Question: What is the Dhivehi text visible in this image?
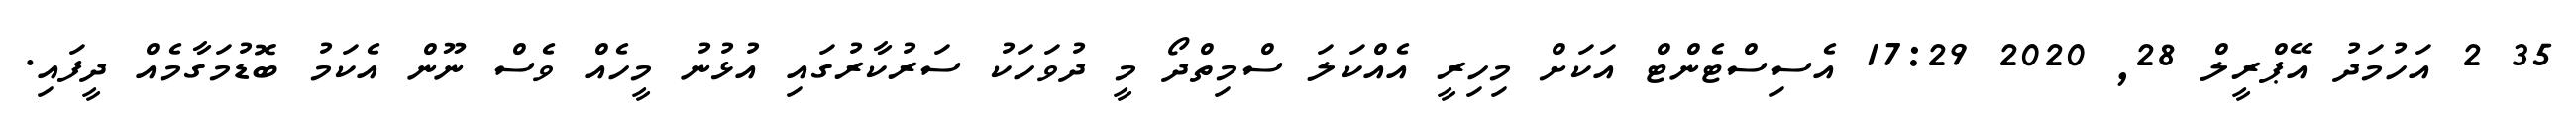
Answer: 35 2 އަހުމަދު އޭޕްރީލް 28, 2020 17:29 އެސިސްޓެންޓް އަކަށް މިހިރީ އެއްކަލަ ސްމިތްދޯ މީ ދުވަހަކު ސަރުކާރުގައި އުޅުނު މީހެއް ވެސް ނޫން އެކަމު ބޮޑުމަގާމެއް ދީފައި.